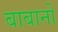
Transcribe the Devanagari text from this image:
बाबानो